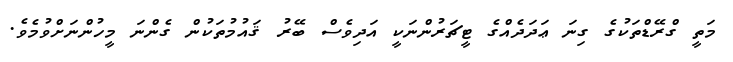
މަތީ ގްރޭޑްތަކުގެ ގިނަ ޢަދަދެއްގެ ޓީޗަރުންނަކީ އަދިވެސް ބޭރު ޤައުމުތަކުން ގެންނަ މީހުންނަށްވުމެވެ.